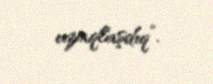
uzaqlaşdıq”.